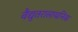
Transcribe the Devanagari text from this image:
वैद्युतरासायनिक